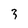
Character: 3